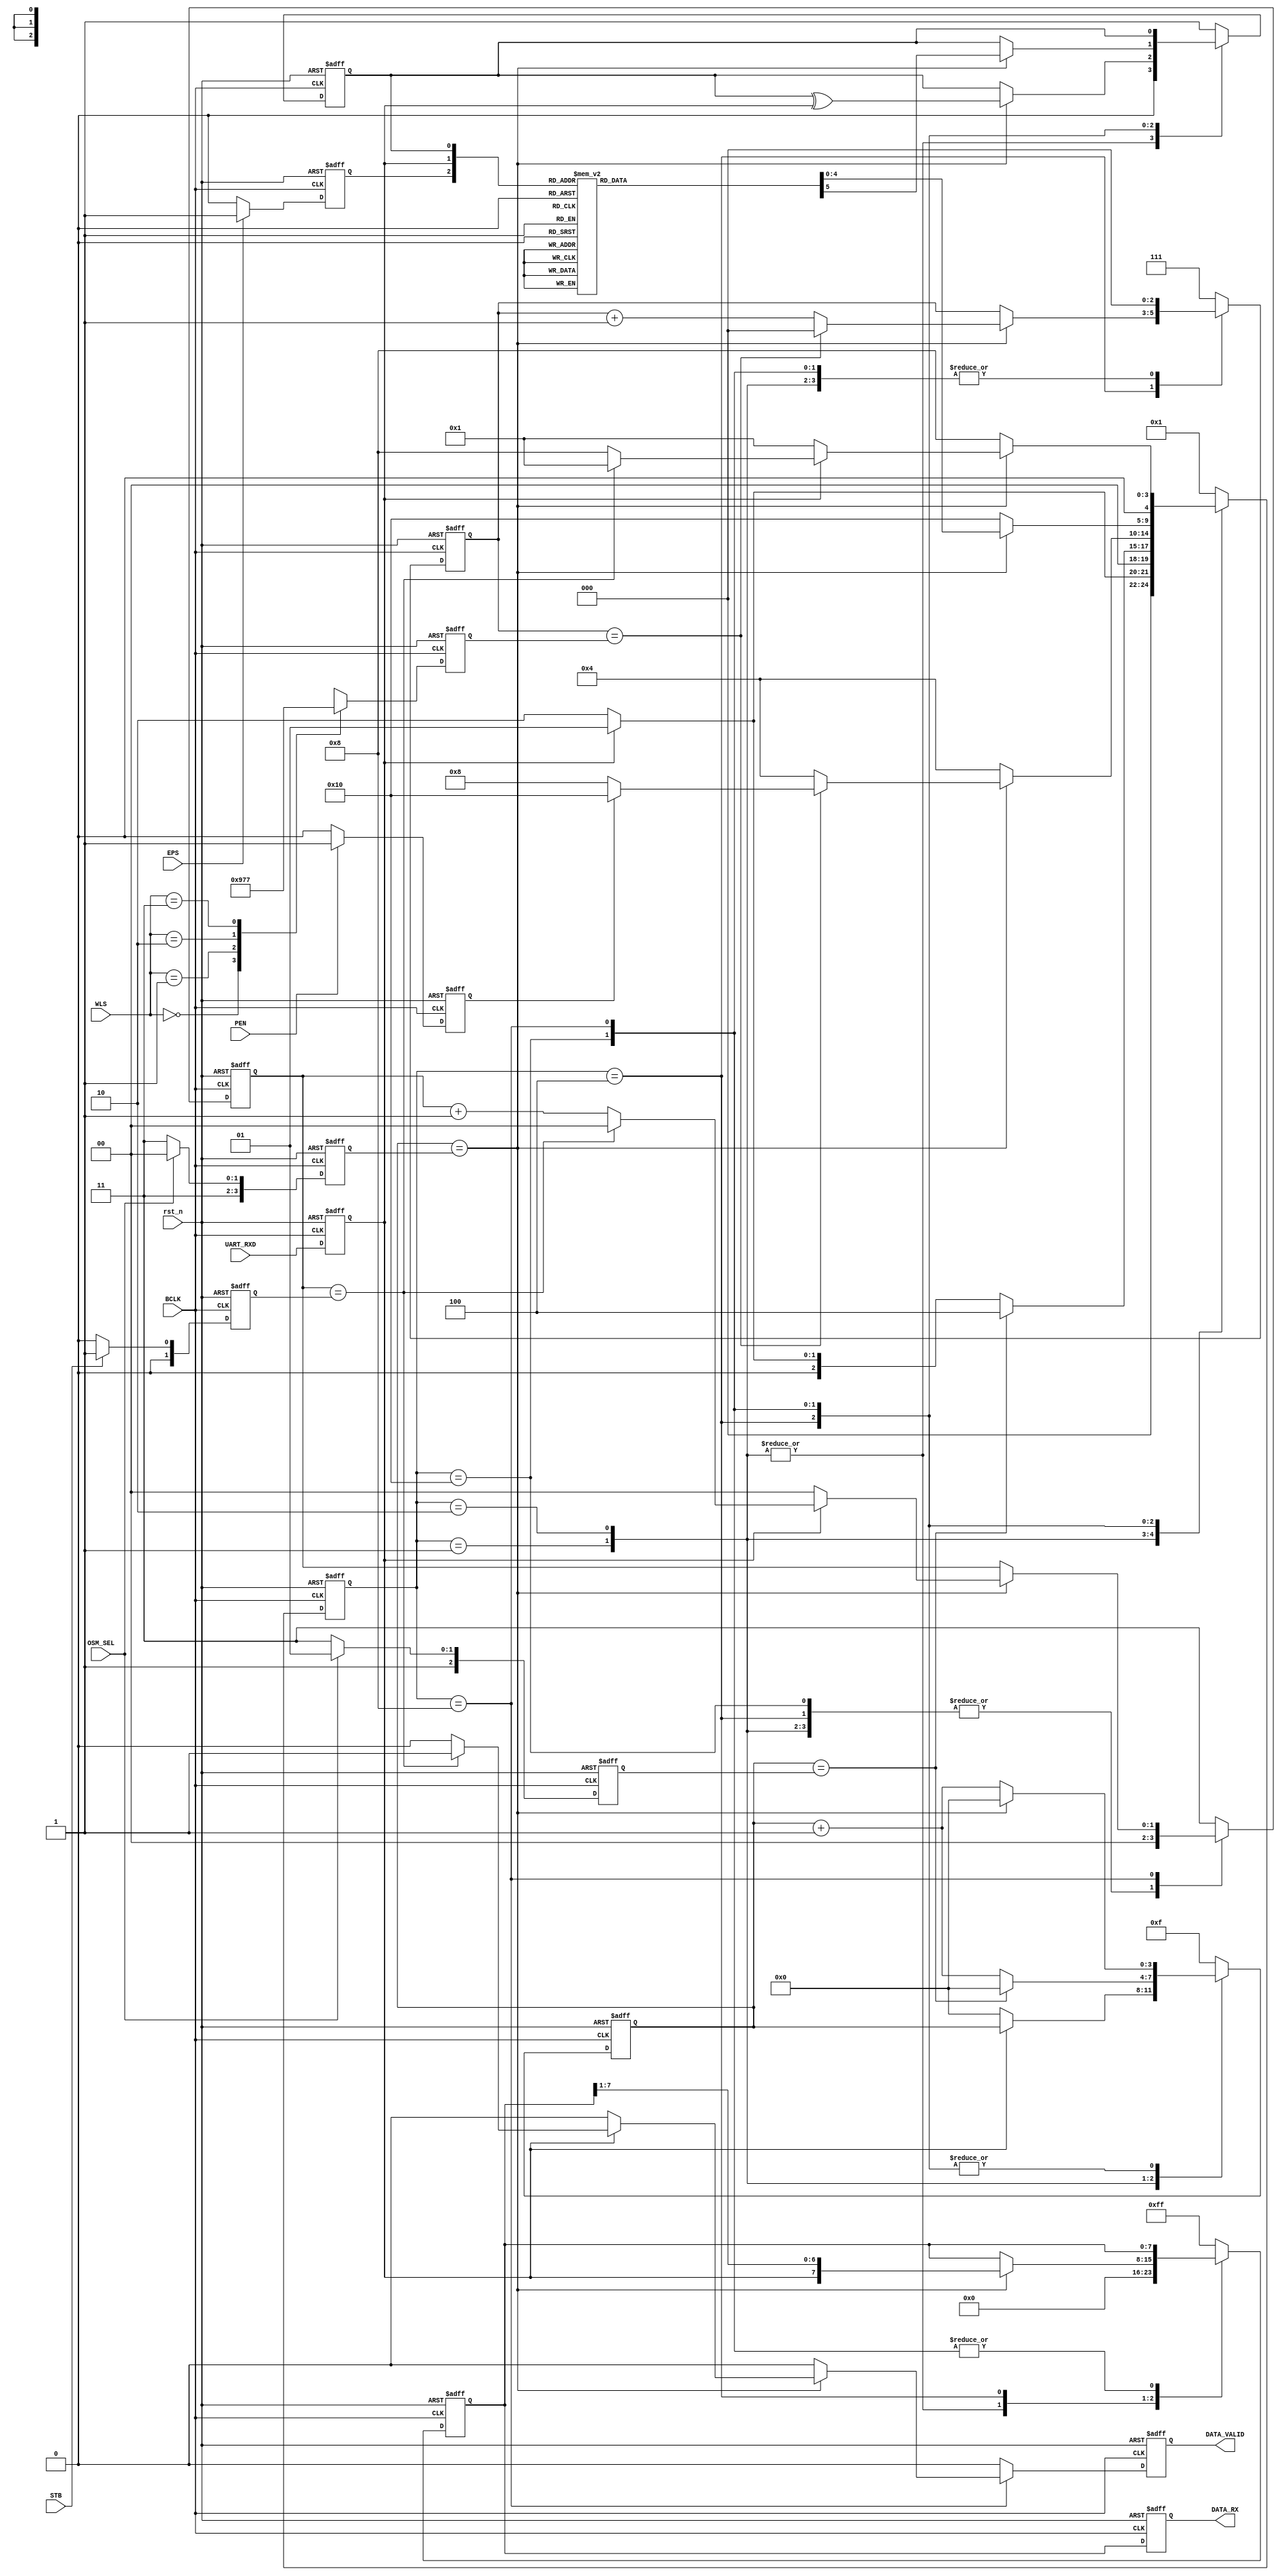
`timescale 1ns/10ps

module UART_Rx (input wire        BCLK,
                input wire        rst_n,
                input wire        EPS,
                input wire        PEN,
                input wire        STB,
                input wire  [1:0] WLS,
                input wire        OSM_SEL,
                input wire        UART_RXD,
                output reg        DATA_VALID,
                output reg  [7:0] DATA_RX);

//configuration varibale
reg       eps;
reg       pen;
reg [1:0] stb;
reg [2:0] wls;
reg [3:0] osm_sel;
reg [2:0] half_osm_sel;
reg       reg_uart_rxd;
reg       reg_data_valid;

//state declarartion
parameter [4:0] IDLE   = 5'b00001;
parameter [4:0] START  = 5'b00010;
parameter [4:0] DATA   = 5'b00100;
parameter [4:0] STOP   = 5'b01000;
parameter [4:0] PARITY = 5'b10000;

//present variable
reg [3:0] cnt;
reg [2:0] width_data;
reg [1:0] width_stop;
reg       parity_check;
reg [7:0] reg_out;
reg [4:0] present_state;

//next varibale
reg [3:0] next_cnt;
reg [2:0] next_width_data;
reg [1:0] next_width_stop;
reg       next_parity_check;
reg [7:0] next_reg_out;
reg       parity;
reg [4:0] next_state;

//FF at INPUT
always@(posedge BCLK or negedge rst_n) begin
   if (!rst_n) begin
      reg_uart_rxd <= 1'b1;
   end else begin
      reg_uart_rxd <= UART_RXD;
   end
end
//FF at Output
always@(posedge BCLK or negedge rst_n) begin
   if (!rst_n) begin
      DATA_RX <= 8'h00;
   end else begin
      DATA_RX <= reg_out;
   end
end

always@(posedge BCLK or negedge rst_n) begin
   if (!rst_n) begin
      DATA_VALID <= 1'b0;
   end else begin
      DATA_VALID <= reg_data_valid;
   end 
end

//configuration controller
always@(posedge BCLK or negedge rst_n) begin
   if(!rst_n) begin
      osm_sel <= 4'd000;
      half_osm_sel <= 3'd00;
   end else begin
      if (OSM_SEL) begin
         osm_sel      <= 4'd12;
         half_osm_sel <= 3'd5;
      end else begin
         osm_sel      <= 4'd15;
         half_osm_sel <= 3'd7; 
      end
   end
end

always@(posedge BCLK or negedge rst_n) begin
   if (!rst_n) begin
      eps <= 0;
   end else begin
      if (EPS) begin
         eps <= 1; //even check
      end else begin
         eps <= 0; //odd check
      end
   end
end

always@(posedge BCLK or negedge rst_n) begin
   if (!rst_n) begin
      pen <= 0;
   end else begin
      if (PEN) begin
         pen <= 1; //parity mode
      end else begin
         pen <= 0; //no parity
      end
   end
end

always@(posedge BCLK or negedge rst_n) begin
   if (!rst_n) begin
      stb <= 2'b00;
   end else begin
      if (STB) begin
        stb <= 2'b01; //2 stop bit
      end else begin
        stb <= 2'b00; //1 stop bit
      end
   end
end

always@(posedge BCLK or negedge rst_n) begin
   if (!rst_n) begin
      wls <= 3'b000;
   end else begin
      case (WLS)
         2'b00: begin
                   wls <= 3'b100; // 5 bit data
                end
         2'b01: begin
                   wls <= 3'b101; // 6 bit data
                end
         2'b10: begin
                   wls <= 3'b110; // 7 bit data
                end
         2'b11: begin
                   wls <= 3'b111; // 8 bit data
                end
      endcase
   end
end

//FSM Controller
//presen state
always@(posedge BCLK or negedge rst_n) begin
   if (!rst_n) begin
      present_state <= IDLE;
      cnt           <= 4'b0000;
      width_data    <= 3'b000;
      width_stop    <= 2'b00;
      parity_check  <= 1'b0;
      reg_out       <= 8'h00;
   end else begin
      present_state <= next_state;
      cnt           <= next_cnt;
      width_data    <= next_width_data;
      width_stop    <= next_width_stop;
      parity_check  <= next_parity_check;
      reg_out       <= next_reg_out;
   end
end

//next state
always@(*) begin
   case (present_state)
      IDLE: begin
               next_width_stop   = 2'b00;
               next_parity_check = 1'b0;
               next_width_data   = 3'b000;
               parity            = 1'b0;
               if (reg_uart_rxd == 1) begin
                  next_state     = IDLE;
                  reg_data_valid = 1'b0;
                  next_reg_out   = 8'h00;
                  next_cnt       = cnt;
               end else begin
                  next_state     = START;
                  reg_data_valid = 1'b0;
                  next_reg_out   = 8'h00;
                  next_cnt       = 4'b0000;
               end
            end
     START: begin
               next_width_data     = 3'b000;
               next_width_stop     = 2'b00;
               next_reg_out        = 8'h00;
               next_parity_check   = 1'b0;
               parity              = 1'b0;
               reg_data_valid      = 1'b0;
               if (cnt == half_osm_sel) begin
                  next_cnt         = 4'b0000;
                  next_state       = DATA;
               end else begin
                  next_cnt = cnt + 1;  
                  if (reg_uart_rxd == 0) begin //reg_uart_rxd still zero ?
                     next_state    = START;
                  end else begin
                     next_state    = IDLE;
                  end
               end
            end
      DATA: begin
               parity                = 1'b0;
               reg_data_valid        = 1'b0;
               next_width_stop       = 2'b00;
               if (cnt == osm_sel) begin
                  next_cnt           = 4'b0000;
                  next_reg_out       = {reg_uart_rxd, reg_out[7:1]};//, reg_uart_rxd};
                  next_parity_check  = parity_check ^ reg_uart_rxd;
                  if (width_data == wls) begin
                     next_width_data = 3'b000;
                     if (pen == 1) begin
                        next_state   = PARITY;
                     end else begin
                        next_state   = STOP;
                     end
                  end else begin
                     next_width_data = width_data + 1;
                     next_state      = DATA;
                  end
               end else begin
                  next_cnt           = cnt + 1;
                  next_state         = DATA;
                  next_parity_check  = parity_check;
                  next_width_data    = width_data;
                  next_reg_out       = reg_out;
               end
            end
    PARITY: begin
               reg_data_valid        = 1'b0;
               next_reg_out          = reg_out;
               next_width_stop       = 2'b00;
               next_width_data       = 3'b000;
               if (cnt == osm_sel) begin
                  next_cnt           = 4'b0000;
                  parity             = reg_uart_rxd;
                  case({eps, parity, parity_check})
                     3'b000: begin
                                next_state = IDLE;
                                next_parity_check = 0;
                             end
                     3'b001: begin
                                next_state = STOP;
                                next_parity_check = 0;
                             end
                     3'b010: begin
                                next_state = STOP;
                                next_parity_check = 0;

                             end
                     3'b011: begin
                                next_state = IDLE;
                                next_parity_check = 0;
                             end
                     3'b100: begin
                                next_state = STOP;
                                next_parity_check = 0;
                             end
                     3'b101: begin
                                next_state = IDLE;
                                next_parity_check = 0;
                             end
                     3'b110: begin
                                next_state = IDLE;
                                next_parity_check = 0;
                             end
                     3'b111: begin
                                next_state = STOP;
                                next_parity_check = 0;
                             end
                  endcase
               end else begin
                  next_state         = PARITY;
                  next_cnt           = cnt + 1;
                  next_parity_check  = parity_check;
                  parity             = parity;
               end
            end
      STOP: begin
               next_reg_out          = reg_out;
               parity                = 1'b0;
               next_width_data       = 3'b000;
               next_parity_check     = parity_check;
               if (cnt == osm_sel) begin
                  if (reg_uart_rxd == 1) begin
                     if (width_stop == stb) begin
                        reg_data_valid           = 1'b1;
                        next_state      = IDLE;
                        next_width_stop = 2'b00;
                        next_cnt        = 4'b0000;
                     end else begin
                        reg_data_valid  = 1'b0;
                        next_width_stop = width_stop + 1;
                        next_state      = STOP;
                        next_cnt        = 4'b0000;
                     end
                  end else begin
                     reg_data_valid     = 1'b0;
                     next_state         = IDLE;
                     next_width_stop    = 2'b00;
                     next_cnt           = 4'b0000;
                  end
               end else begin
                  next_cnt           = cnt + 1;
                  reg_data_valid     = 1'b0;
                  next_width_stop    = width_stop;
                  next_state         = STOP;
               end
            end
   default: begin
                  next_state        = IDLE;
                  next_cnt          = 4'b1111;
                  next_width_data   = 3'b111;
                  next_width_stop   = 2'b11;
                  next_parity_check = 1'b1;
                  next_reg_out      = 8'hFF;
                  reg_data_valid    = 1'b0;
                  parity            = 1'b0;
            end
   endcase
end

//assign DATA_RX = reg_out;

endmodule